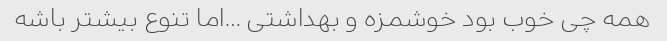
همه چی خوب بود خوشمزه و بهداشتی …اما تنوع بیشتر باشه